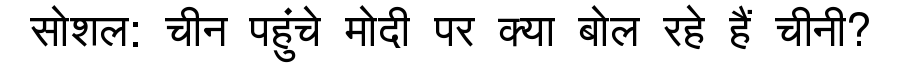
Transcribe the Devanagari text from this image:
सोशल: चीन पहुंचे मोदी पर क्या बोल रहे हैं चीनी?